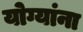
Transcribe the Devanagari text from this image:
योग्यांना